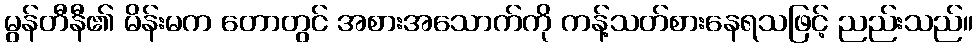
မွန်တီနီ၏ မိန်းမက တောတွင် အစားအသောက်ကို ကန့်သတ်စားနေရသဖြင့် ညည်းသည်။